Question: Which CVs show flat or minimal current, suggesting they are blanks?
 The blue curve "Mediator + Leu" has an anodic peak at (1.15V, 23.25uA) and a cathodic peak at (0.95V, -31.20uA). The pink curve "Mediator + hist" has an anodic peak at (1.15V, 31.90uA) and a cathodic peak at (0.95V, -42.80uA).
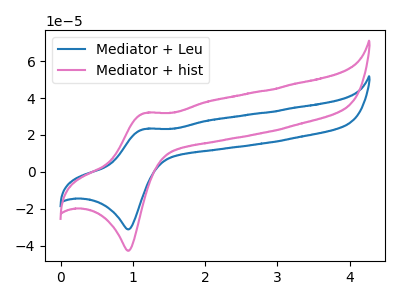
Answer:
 <answer>There are not any CV's on this graph that are likely to be blanks.</answer>
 <eval>none</eval>